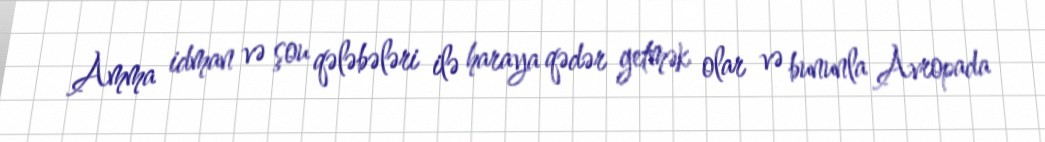
Amma idman və şou qələbələri ilə haraya qədər getmək olar və bununla Avropada